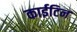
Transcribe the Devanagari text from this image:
काईटिन